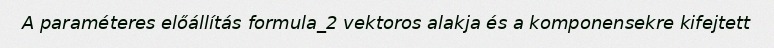
A paraméteres előállítás formula_2 vektoros alakja és a komponensekre kifejtett